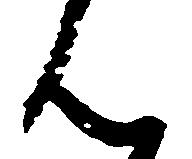
ん